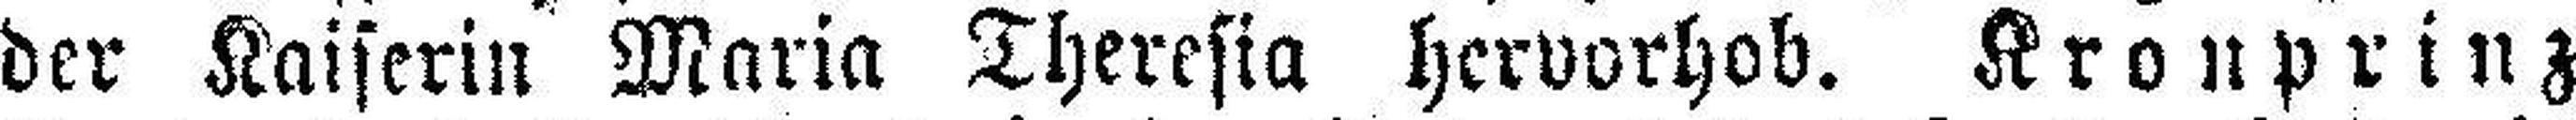
der Kaiserin Maria Theresia hervorhob. Kronprinz